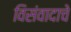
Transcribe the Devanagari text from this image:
विसंवादाचे